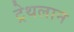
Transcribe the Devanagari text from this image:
ट्रेथलान